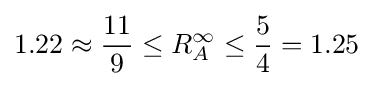
1.22\approx {\frac {11}{9}}\leq R_{A}^{\infty }\leq {\frac {5}{4}}=1.25